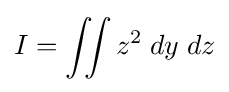
I=\iint z^{2}\;dy\;dz